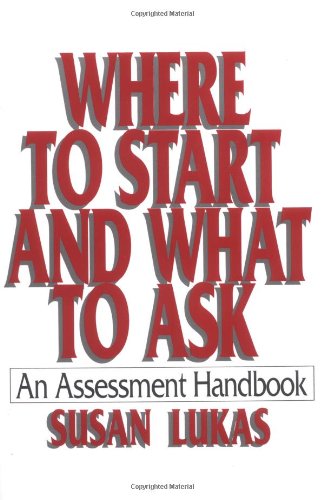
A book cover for Where to Start and What to Ask: An Assessment Handbook; Susan Lukas; Medical Books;